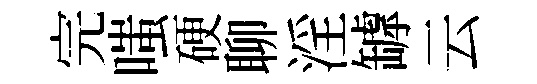
完嗤硬聊淫罅云